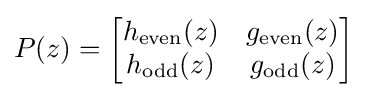
P(z)={\begin{bmatrix}h_{\text{even}}(z)&g_{\text{even}}(z)\\h_{\text{odd}}(z)&g_{\text{odd}}(z)\end{bmatrix}}